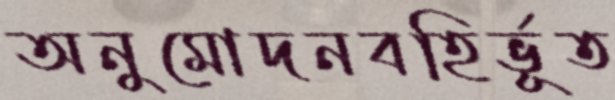
অনুমোদনবহির্ভূত